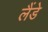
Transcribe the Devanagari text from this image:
लैंडे